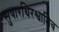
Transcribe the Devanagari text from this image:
सुषारथिरश्वानिव